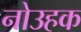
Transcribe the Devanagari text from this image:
नोउहक